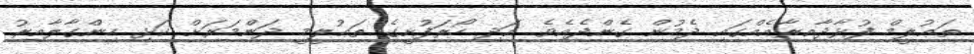
ތަޢުލީމް ފުޅާދާއިރާއެއްގައި ދެމުން ގެންދެއެވެ. އަދި ހޯރަފުށީގެ ތަޢުލީމީ ދަންމަރަށް ކަޅި ހިންގާލާއިރު